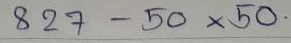
827 - 50 x 50